Report of the Lahore Medical School Hospital
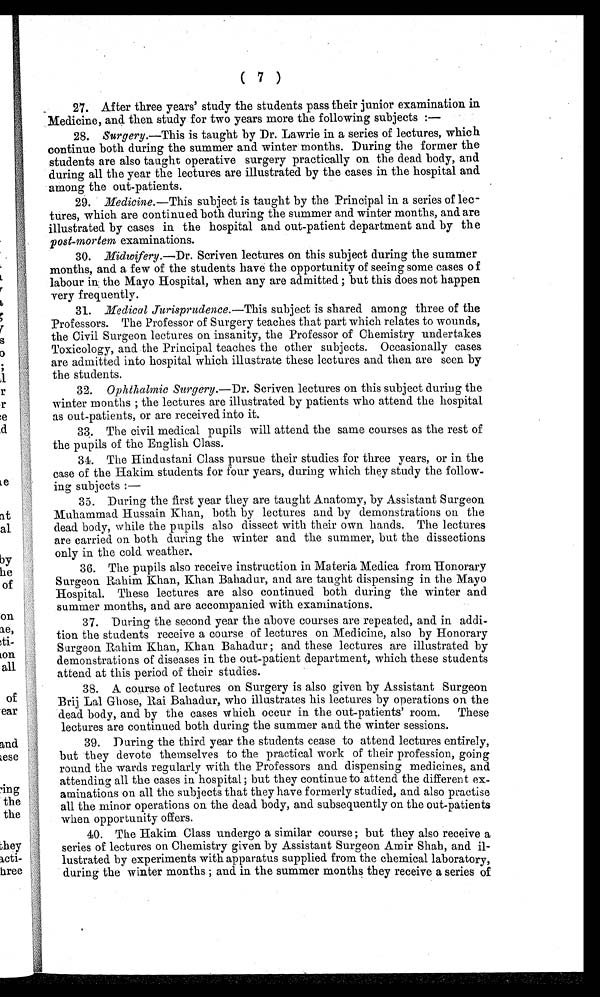
( 7)
27. After three years' study the students pass their junior examination in
Medicine, and then study for two years more the following subjects:—
28. Surgery. —This is taught by Dr. Lawrie in a series of lectures, which
continue both during the summer and winter months. During the former the
students are also taught operative surgery practically on the dead body, and
during all the year the lectures are illustrated by the cases in the hospital and
among the out-patients.
29. Medicine. —This subject is taught by the Principal in a series of lec-
tures, which are continued both during the summer and winter months, and are
illustrated by cases in the hospital and out-patient department and by the
post-mortem examinations.
30. Midwifery.—Dr. Scriven lectures on this subject during the summer
months, and a few of the students have the opportunity of seeing some cases of
labour in the Mayo Hospital, when any are admitted; but this does not happen
very frequently.
31. Medical Jurisprudence. —This subject is shared among three of the
Professors. The Professor of Surgery teaches that part which relates to wounds,
the Civil Surgeon lectures on insanity, the Professor of Chemistry undertakes
Toxicology, and the Principal teaches the other subjects. Occasionally cases
are admitted into hospital which illustrate these lectures and then are seen by
the students.
32. Ophthalmic Surgery. —Dr. Scriven lectures on this subject during the
winter months; the lectures are illustrated by patients who attend the hospital
as out-patients, or are received into it.
33. The civil medical pupils will attend the same courses as the rest of
the pupils of the English Class.
34. The Hindustani Class pursue their studies for three years, or in the
case of the Hakim students for four years, during which they study the follow-
ing subjects:—
35. During the first year they are taught Anatomy, by Assistant Surgeon
Muhammad Hussain Khan, both by lectures and by demonstrations on the
dead body, while the pupils also dissect with their own hands. The lectures
are carried on both during the winter and the summer, but the dissections
only in the cold weather.
36. The pupils also receive instruction in Materia Medica from Honorary
Surgeon Rahim Khan, Khan Bahadur, and are taught dispensing in the Mayo
Hospital. These lectures are also continued both during the winter and
summer months, and are accompanied with examinations.
37. During the second year the above courses are repeated, and in addi-
tion the students receive a course of lectures on Medicine, also by Honorary
Surgeon Rahim Khan, Khan Bahadur; and these lectures are illustrated by
demonstrations of diseases in the out-patient department, which these students
attend at this period of their studies.
38. A course of lectures on Surgery is also given by Assistant Surgeon
Brij Lal Ghose, Rai Bahadur, who illustrates his lectures by operations on the
dead body, and by the cases which occur in the out-patients' room. These
lectures are continued both during the summer and the winter sessions.
39. During the third year the students cease to attend lectures entirely,
but they devote themselves to the practical work of their profession, going
round the wards regularly with the Professors and dispensing medicines, and
attending all the cases in hospital; but they continue to attend the different ex-
aminations on all the subjects that they have formerly studied, and also practise
all the minor operations on the dead body, and subsequently on the out-patients
when opportunity offers.
40. The Hakim Class undergo a similar course; but they also receive a
series of lectures on Chemistry given by Assistant Surgeon Amir Shah, and il-
lustrated by experiments with apparatus supplied from the chemical laboratory,
during the winter months; and in the summer months they receive a series of